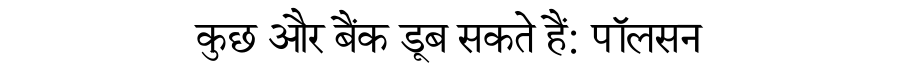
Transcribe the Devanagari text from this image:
कुछ और बैंक डूब सकते हैं: पॉलसन